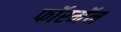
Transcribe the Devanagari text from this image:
फॉरमॅन